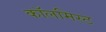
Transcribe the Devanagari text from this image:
कॉलमिस्ट